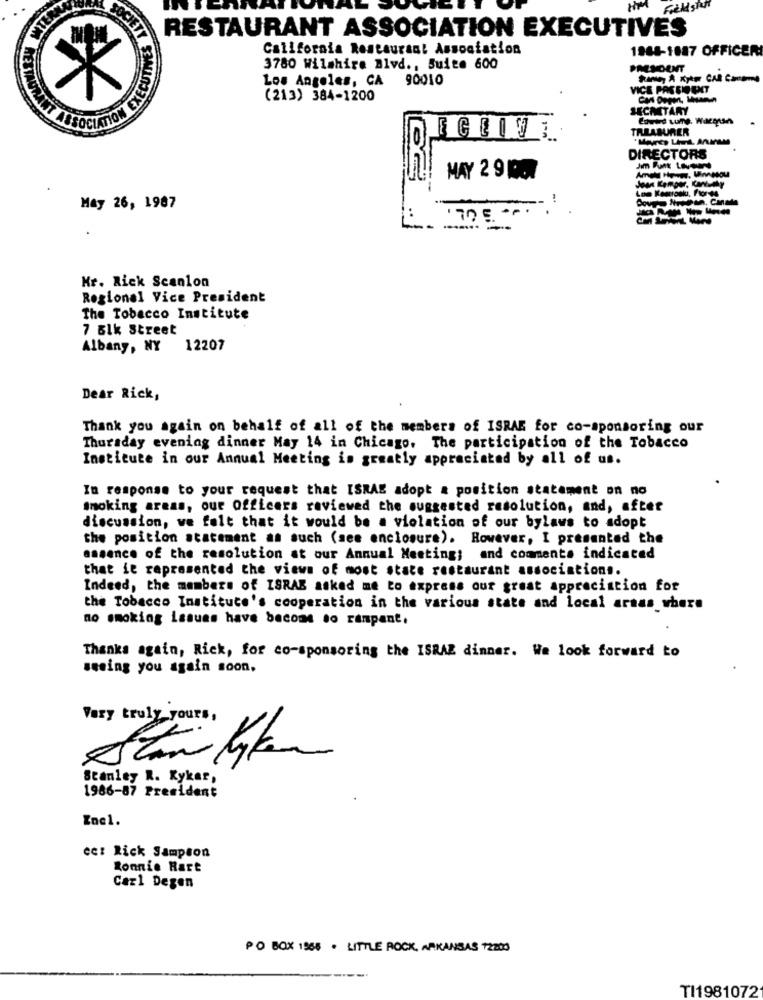
Het Fieldstar
RESTAURANT ASSOCIATION EXECUTIVES
California Restaurant Association
1968-1087 OFFICER
3780 Wilshire Blvd ., Suite 600
PALMOUNT
Los Angeles, CA 90010
VICE PRESIDENT
(213) 384-1200
SECRETARY
Enwird tune. Warques
25
=
TREASURER
DIRECTORS
MAY 2 9 1000
Joan Kemper, Kantuthy
May 26, 1987
..
Kr. Rick Scanlon
Regional Vice President
The Tobacco Institute
7 61k Street
Albany, NY
12207
Dear Rick,
Thank you again on behalf of all of the members of ISRAE for co-sponsoring our
Thursday evening dinner May 14 in Chicago. The participation of the Tobacco
Institute in our Annual Meeting is greatly appreciated by all of us.
In response to your request that ISRAE adopt a position statement on no
smoking areas, our Officers reviewed the suggested resolution, and, after
discussion, we felt that it would be a violation of our bylaws to adopt
the position statement as such (see enclosure). However, I presented the
essence of the resolution at our Annual Meeting; and commente indicated
that it represented the views of most state restaurant associations.
Indeed, the members of ISRAB asked me to express our great appreciation for
the Tobacco Instituce's cooperation in the various state and local araas where
no smoking issues have become so rampant.
Thanks again, Rick, for co-sponsoring the ISRAZ dinner. We look forward to
seeing you again soon,
Very truly yours,
Stan lyon
Stanley R. Kykar,
1986-87 President
Zne1.
eet Rick Sampson
Ronnie Rart
Caz1 Degen
PO BOX 1966 . LITTLE ROCK, ARKANSAS 12200
TI1981072